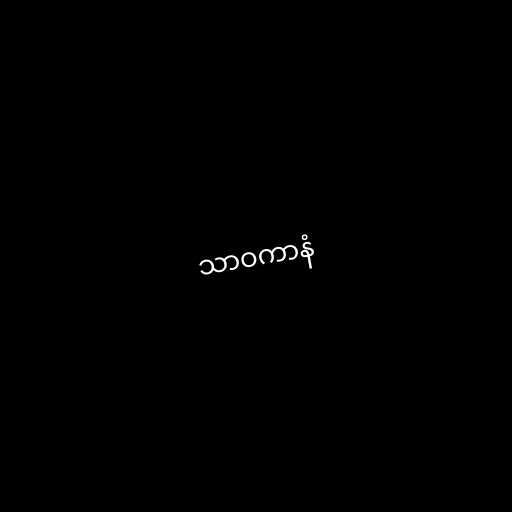
သာဝကာနံ